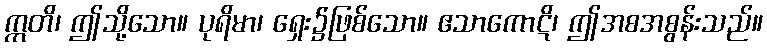
ဣတိ၊ ဤသို့သော။ ပုရိမာ၊ ရှေး၌ဖြစ်သော။ ဧသာကောဋိ၊ ဤအစအစွန်းသည်။